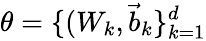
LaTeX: \theta=\{ (W_{k},\vec{b}_{k}\} _{k=1}^{d}